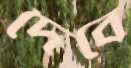
দৈবে